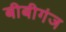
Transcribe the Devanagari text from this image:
बीबीगंज